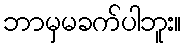
ဘာမှမခက်ပါဘူး။